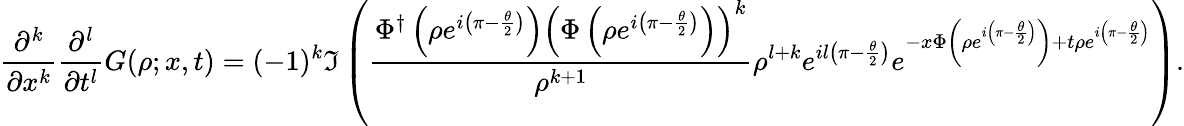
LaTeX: \frac{\partial^{k}}{\partial x^{k}}\frac{\partial^{l}}{\partial t^{l}}G(\rho;x,t)=(-1)^{k}\Im\left(\frac{\Phi^{\dagger}\left(\rho e^{i\left(\pi-\frac{\theta}{2}\right)}\right)\left(\Phi\left(\rho e^{i\left(\pi-\frac{\theta}{2}\right)}\right)\right)^{k}}{\rho^{k+1}}\rho^{l+k}e^{il\left(\pi-\frac{\theta}{2}\right)}e^{-x\Phi\left(\rho e^{i\left(\pi-\frac{\theta}{2}\right)}\right)+t\rho e^{i\left(\pi-\frac{\theta}{2}\right)}}\right).